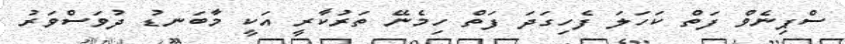
ސްޕިނެވް ފަތް ކަަހަލަ ފެހިގަދަ ފަތް ހިމެނޭ ތަރުކާރީ އަކީ މާބަނޑު ދުވަސްވަރު